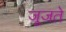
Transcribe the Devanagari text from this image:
जूजते